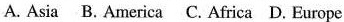
A.AisaB.AmericaC.AfricaD.Europe